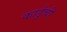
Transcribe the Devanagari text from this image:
कार्डूची